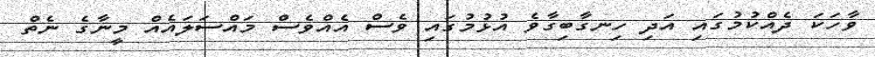
ވާހަކަ ދެއްކުމުގައި އަދި ހިނގާބިގާވެ އުޅުމުގައި ވެސް އެއްވެސް މައްސަލައެއް މީނާގެ ނެތް